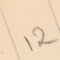
12